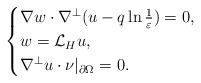
LaTeX: \begin{align*}\begin{cases}\nabla w\cdot \nabla^\perp(u-q\ln\frac{1}{\varepsilon})=0,\\w=\mathcal{L}_H u,\\\nabla^\perp u\cdot \nu|_{\partial \Omega}=0.\end{cases}\end{align*}